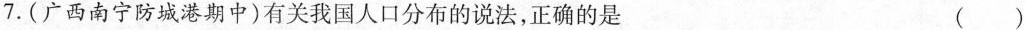
7.(广西南宁防城港期中)有关我国人口分布的说法，正确的是 ( )